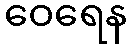
ဝေရေန